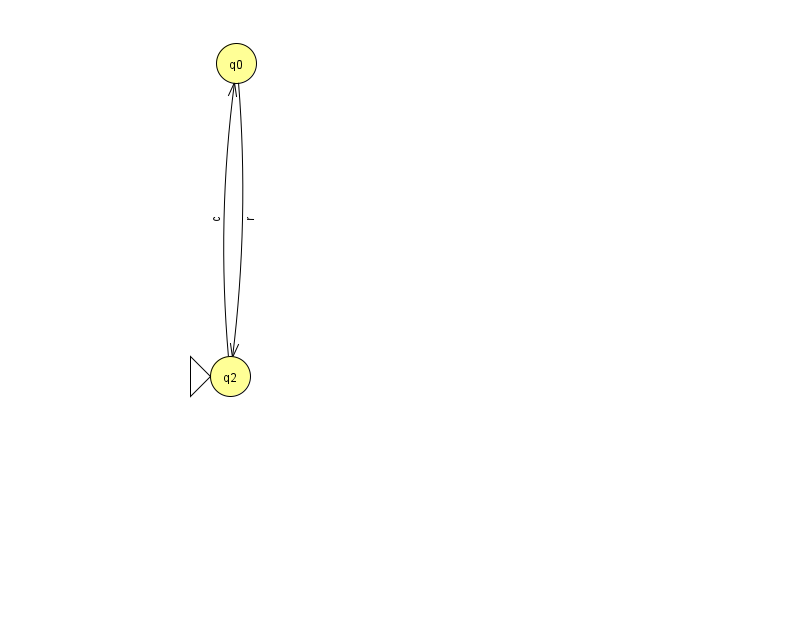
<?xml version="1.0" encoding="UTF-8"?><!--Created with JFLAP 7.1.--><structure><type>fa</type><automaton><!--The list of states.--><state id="0" name="q0"><x>236.0</x><y>50.0</y></state><state id="2" name="q2"><x>230.0</x><y>363.0</y><initial/></state><!--The list of transitions.--><transition><from>2</from><to>0</to><read>c</read></transition><transition><from>0</from><to>2</to><read>r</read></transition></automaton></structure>